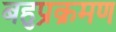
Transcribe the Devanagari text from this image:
बहुप्रक्रमण